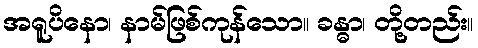
အရူပိနော၊ နာမ်ဖြစ်ကုန်သော။ ခန္ဓာ၊ တို့တည်း။